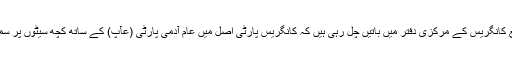
لیکن 24 اکبر روڈ پر واقع کانگریس کے مرکزی دفتر میں باتیں چل رہی ہیں کہ کانگریس پارٹی اصل میں عام آدمی پارٹی (عآپ) کے ساتھ کچھ سیٹوں پر سمجھوتا کرنے جا رہی ہے۔